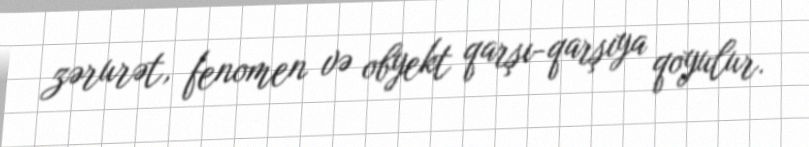
zərurət, fenomen və obyekt qarşı-qarşıya qoyulur.